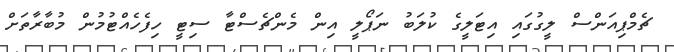
ޗެމްޕިއަންސް ލީގުގައި އިޓަލީގެ ކުލަބު ނަޕޯލީ އިން މެންޗެސްޓާ ސިޓީ ހިފެހެއްޓުމުން މުބާރާތަށް